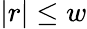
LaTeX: |r|\leq w